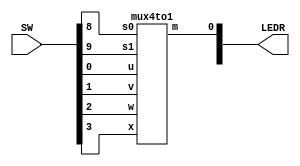
// This lab is creating a 4-to-1 multiplexer using a 2-to-1 multiplexer

// SW[2:0] data inputs
// SW[9] select signal

// LEDR[0] output display

module mux(LEDR, SW);
    input [9:0] SW;
    output [9:0] LEDR;

    mux4to1 u0(
        .u(SW[0]),
        .v(SW[1]),
		  .w(SW[2]),
		  .x(SW[3]),
        .s1(SW[9]),
		  .s0(SW[8]),
        .m(LEDR[0])
        );
endmodule

//4-to-1 multiplexer
module mux4to1(u,v,w,x,s1,s0,m);
	input u,v,w,x,s1,s0;
	output m;
	wire connect1,connect2;
	mux2to1 mux1(u,w,s1,connect1);
	mux2to1 mux2(v,x,s1,connect2);
	mux2to1 mux3(connect1,connect2,s0,m);

endmodule

//2-to-1 multiplexer
module mux2to1(in1, in2, switch, outp);
    input in1; //selected when s1 is 0
    input in2; //selected when s1 is 1
    input switch; //select signal
    output outp; //output

    assign outp = switch & in2 | ~switch & in1;
    // OR
    // assign m = s ? y : x;

endmodule